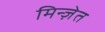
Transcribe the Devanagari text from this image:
मिन्ज़ेत